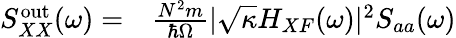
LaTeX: \begin{array}{rl}{S_{XX}^{\mathrm{out}}(\omega)=}&{{}\frac{N^{2}m}{\hbar\Omega}|\sqrt{\kappa}H_{XF}(\omega)|^{2}S_{aa}(\omega)}\end{array}